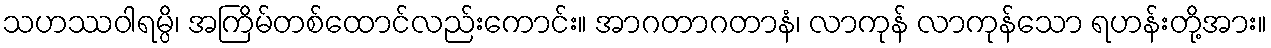
သဟဿဝါရမ္ပိ၊ အကြိမ်တစ်ထောင်လည်းကောင်း။ အာဂတာဂတာနံ၊ လာကုန် လာကုန်သော ရဟန်းတို့အား။